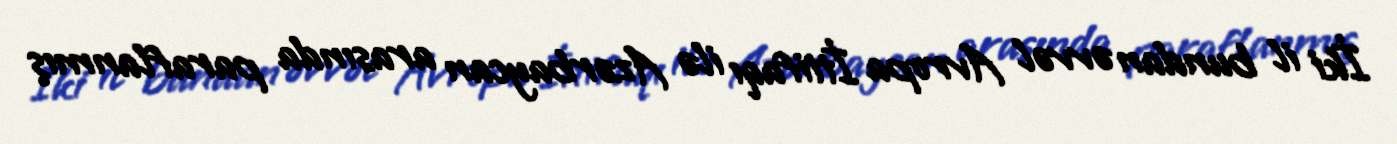
İki il bundan əvvəl Avropa İttifaqı ilə Azərbaycan arasında paraflanmış